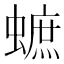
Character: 蟅